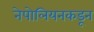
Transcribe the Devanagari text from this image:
नेपोलियनकडून